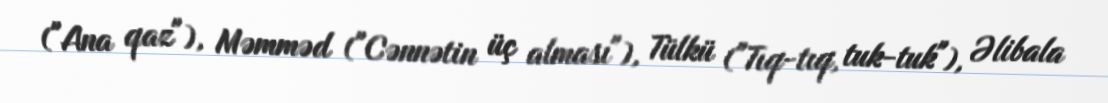
("Ana qaz"), Məmməd ("Cənnətin üç alması"), Tülkü ("Tıq-tıq, tuk-tuk"), Əlibala